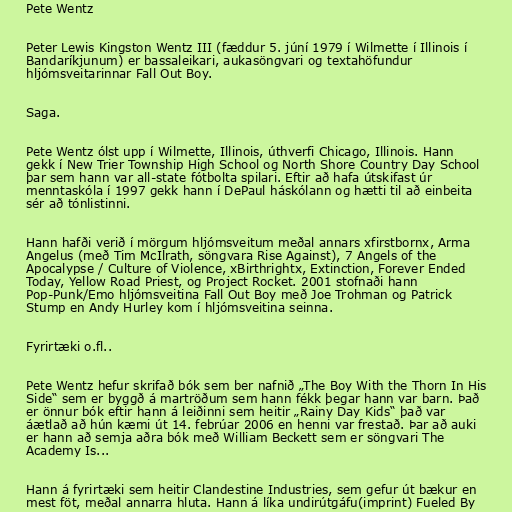
Pete Wentz

Peter Lewis Kingston Wentz III (fæddur 5. júní 1979 í Wilmette í Illinois í
Bandaríkjunum) er bassaleikari, aukasöngvari og textahöfundur
hljómsveitarinnar Fall Out Boy.

Saga.

Pete Wentz ólst upp í Wilmette, Illinois, úthverfi Chicago, Illinois. Hann
gekk í New Trier Township High School og North Shore Country Day School
þar sem hann var all-state fótbolta spilari. Eftir að hafa útskifast úr
menntaskóla í 1997 gekk hann í DePaul háskólann og hætti til að einbeita
sér að tónlistinni.

Hann hafði verið í mörgum hljómsveitum meðal annars xfirstbornx, Arma
Angelus (með Tim McIlrath, söngvara Rise Against), 7 Angels of the
Apocalypse / Culture of Violence, xBirthrightx, Extinction, Forever Ended
Today, Yellow Road Priest, og Project Rocket. 2001 stofnaði hann
Pop-Punk/Emo hljómsveitina Fall Out Boy með Joe Trohman og Patrick
Stump en Andy Hurley kom í hljómsveitina seinna.

Fyrirtæki o.fl..

Pete Wentz hefur skrifað bók sem ber nafnið „The Boy With the Thorn In His
Side“ sem er byggð á martröðum sem hann fékk þegar hann var barn. Það
er önnur bók eftir hann á leiðinni sem heitir „Rainy Day Kids“ það var
áætlað að hún kæmi út 14. febrúar 2006 en henni var frestað. Þar að auki
er hann að semja aðra bók með William Beckett sem er söngvari The
Academy Is...

Hann á fyrirtæki sem heitir Clandestine Industries, sem gefur út bækur en
mest föt, meðal annarra hluta. Hann á líka undirútgáfu(imprint) Fueled By